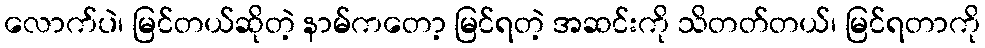
လောက်ပဲ၊ မြင်တယ်ဆိုတဲ့ နာမ်ကတော့ မြင်ရတဲ့ အဆင်းကို သိတတ်တယ်၊ မြင်ရတာကို